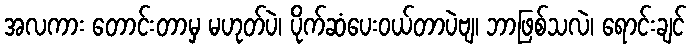
အလကား တောင်းတာမှ မဟုတ်ပဲ၊ ပိုက်ဆံပေးဝယ်တာပဲဗျ၊ ဘာဖြစ်သလဲ၊ ရောင်းချင်